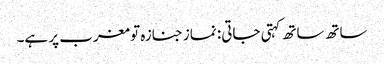
ساتھ ساتھ کہتی جاتی: نماز جنازہ تو مغرب پر ہے۔